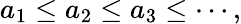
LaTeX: a_{1}\leq a_{2}\leq a_{3}\leq\cdots,